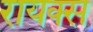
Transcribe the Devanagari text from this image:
रायक्स